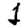
Digit: 1